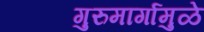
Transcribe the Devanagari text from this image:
गुरुमार्गामुळे